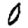
Digit: 0